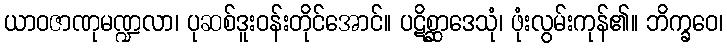
ယာဝဇာဏုမဏ္ဍလာ၊ ပုဆစ်ဒူးဝန်းတိုင်အောင်။ ပဋိစ္ဆာဒေသုံ၊ ဖုံးလွမ်းကုန်၏။ ဘိက္ခဝေ၊